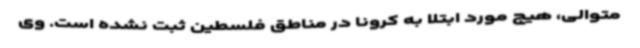
متوالی، هیچ مورد ابتلا به کرونا در مناطق فلسطین ثبت نشده است. وی